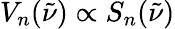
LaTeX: V_{n}(\tilde{\nu})\propto S_{n}(\tilde{\nu})